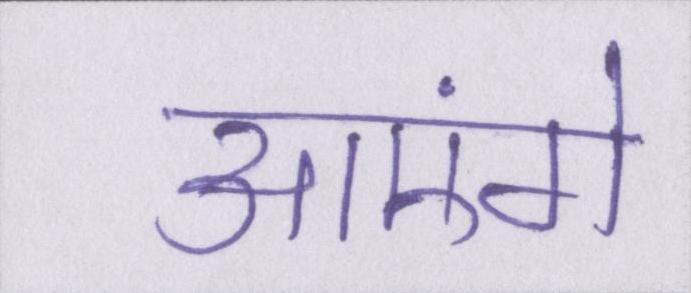
आएंगे